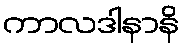
ကာလဒါနာနိ